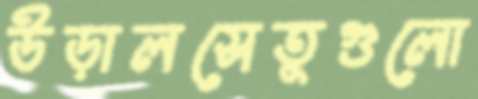
উড়ালসেতুগুলো